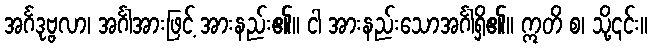
အင်္ဂဒုဗ္ဗလာ၊ အင်္ဂါအားဖြင့် အားနည်း၏။ ငါ အားနည်းသောအင်္ဂါရှိ၏။ ဣတိ စ၊ သို့၎င်း။